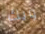
ويك